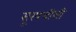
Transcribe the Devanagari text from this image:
सूरपचीसी